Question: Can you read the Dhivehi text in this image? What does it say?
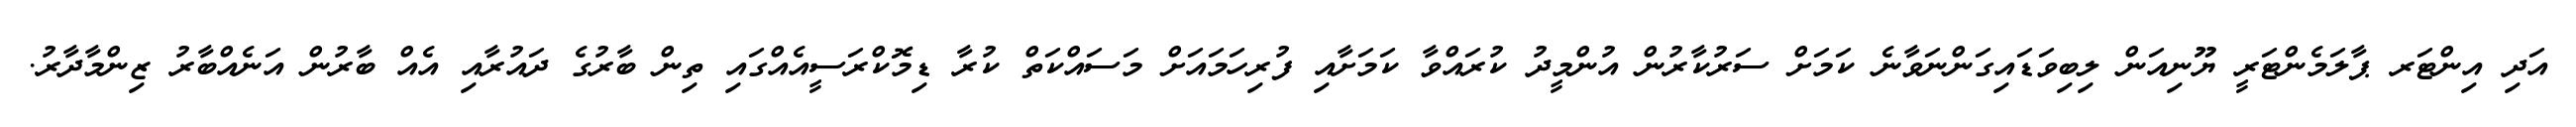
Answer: އަދި އިންޓަރ ޕާލަމެންޓަރީ ޔޫނިއަން ލިބިވަޑައިގަންނަވާނެ ކަމަށް ސަރުކާރުން އުންމީދު ކުރައްވާ ކަމަށާއި ފުރިހަމައަށް މަސައްކަތް ކުރާ ޑިމޮކްރަސީއެއްގައި ތިން ބާރުގެ ދައުރާއި އެއް ބާރުން އަނެއްބާރު ޒިންމާދާރު.